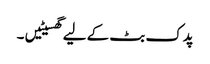
پدک بٹ کے لیے گھسیٹیں ۔